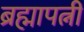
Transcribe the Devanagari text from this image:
ब्रह्मापत्नी